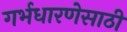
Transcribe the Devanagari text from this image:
गर्भधारणेसाठी